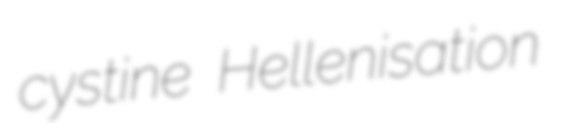
cystine Hellenisation